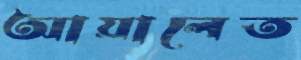
আয়ালেত